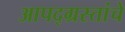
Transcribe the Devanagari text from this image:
आपद्ग्रस्तांचे